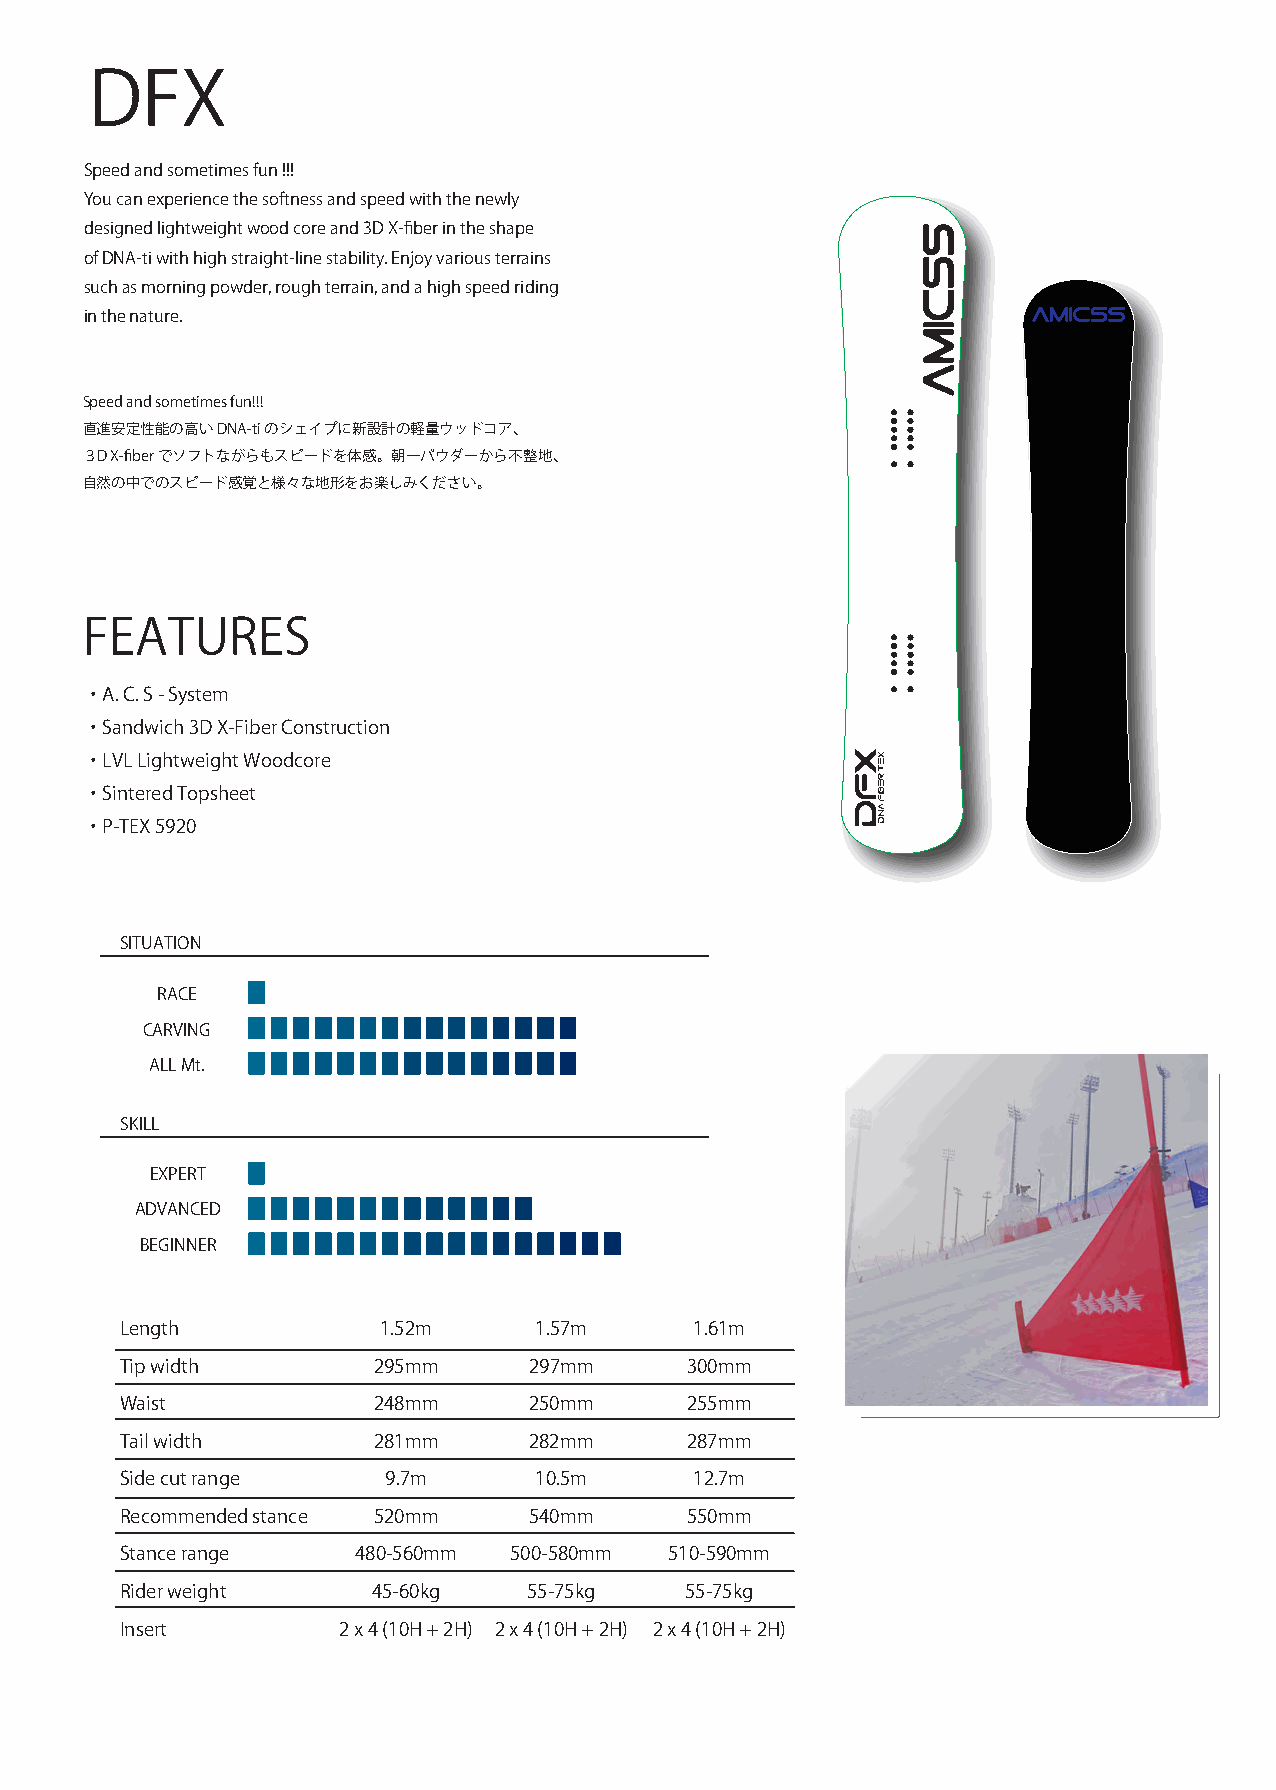
DFX
 Speed and sometimes fun !!!
 You can experience the softness and speed with the newly
 designed lightweight wood core and 3D X-fiber in the shape
 of DNA-ti with high straight-line stability. Enjoy various terrains
 such as morning powder, rough terrain, and a high speed riding
 in the nature.
 Speed and sometimes fun!!!
 直進安定性能の高いDNA-tiのシェイプに新設計の軽量ウッドコア、
 ３D X-fiberでソフトながらもスピードを体感。朝一パウダーから不整地、
 自然の中でのスピード感覚と様々な地形をお楽しみください。
 FEATURES
 ・ A. C. S - System
 ・ Sandwich 3D X-Fiber Construction
 ・ LVL Lightweight Woodcore
 ・ Sintered Topsheet
 ・ P-TEX 5920
 SITUATION
 RACE
 CARVING
 ALL Mt.
 SKILL
 EXPERT
 ADVANCED
 BEGINNER
 Length           1.52m     1.57m      1.61m
 Tip width        295mm     297mm     300mm
 Waist            248mm     250mm     255mm
 Tail width       281mm     282mm     287mm
 Side cut range   9.7m      10.5m      12.7m
 Recommended stance 520mm   540mm     550mm
 Stance range   480-560mm  500-580mm 510-590mm
 Rider weight     45-60kg   55-75kg   55-75kg
 Insert        2 x 4 (10H + 2H) 2 x 4 (10H + 2H) 2 x 4 (10H + 2H)